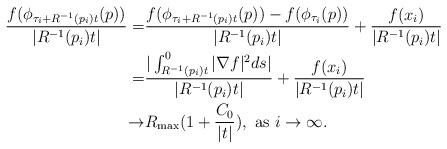
LaTeX: \begin{align*}\frac{f(\phi_{\tau_{i}+R^{-1}(p_{i})t}(p))}{|R^{-1}(p_{i})t|}=&\frac{f(\phi_{\tau_{i}+R^{-1}(p_{i})t}(p))-f(\phi_{\tau_i}(p))}{|R^{-1}(p_{i})t|}+\frac{f(x_i)}{|R^{-1}(p_{i})t|}\\= &\frac{|\int_{R^{-1}(p_{i})t}^0|\nabla f|^2ds|}{|R^{-1}(p_{i})t|}+\frac{f(x_i)}{|R^{-1}(p_{i})t|}\\\to&R_{\max}(1+\frac{C_0}{|t|}),~{\rm as} ~i\to \infty.\end{align*}